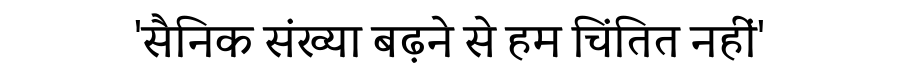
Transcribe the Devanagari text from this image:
'सैनिक संख्या बढ़ने से हम चिंतित नहीं'